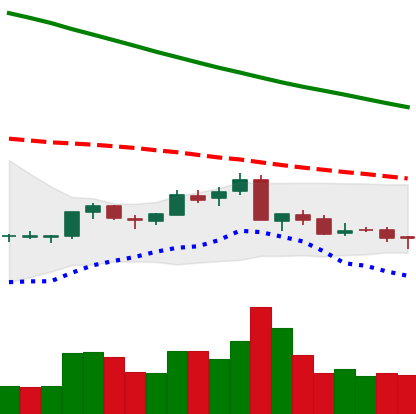
Ticker: NEO-USD
Chart end date: 2018-09-12
Forward return: -4.955%
Label: down_3_5